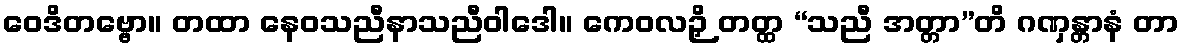
ဝေဒိတဗ္ဗော။ တထာ နေဝသညီနာသညီဝါဒေါ။ ကေဝလဉှိ တတ္ထ “သညီ အတ္တာ”တိ ဂဏှန္တာနံ တာ